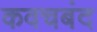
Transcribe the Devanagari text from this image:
कवचबंद